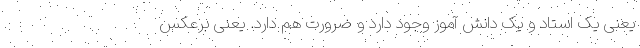
یعنی یک استاد و یک دانش آموز وجود دارد و ضرورت هم دارد. یعنی برعکس